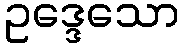
ဥဒ္ဒေသော